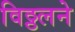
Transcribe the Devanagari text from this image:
विठ्ठलने